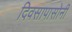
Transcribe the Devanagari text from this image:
दिवसापासोनी